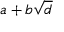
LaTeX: a + b { \sqrt { d } }